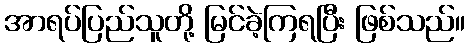
အာရပ်ပြည်သူတို့ မြင်ခဲ့ကြရပြီး ဖြစ်သည်။